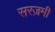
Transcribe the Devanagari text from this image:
सरज़मी